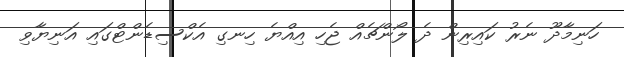
ހަނިމާދޫ ނެރު ކައިރިން ދެ ލޯންޗެއް ޖެހި އިއްޔެ ހިނގި އެކްސިޑެންޓްގައި އަނިޔާވި